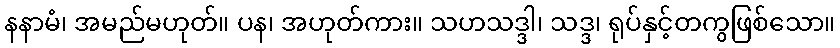
နနာမံ၊ အမည်မဟုတ်။ ပန၊ အဟုတ်ကား။ သဟသဒ္ဒါ၊ သဒ္ဒ၊ ရုပ်နှင့်တကွဖြစ်သော။